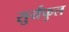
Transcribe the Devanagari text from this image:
सुर्यफुल